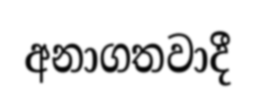
අනාගතවාදී